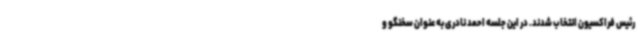
رئیس فراکسیون انتخاب شدند. در این جلسه احمد نادری به عنوان سخنگو و